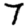
Digit: 7